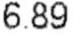
6.89